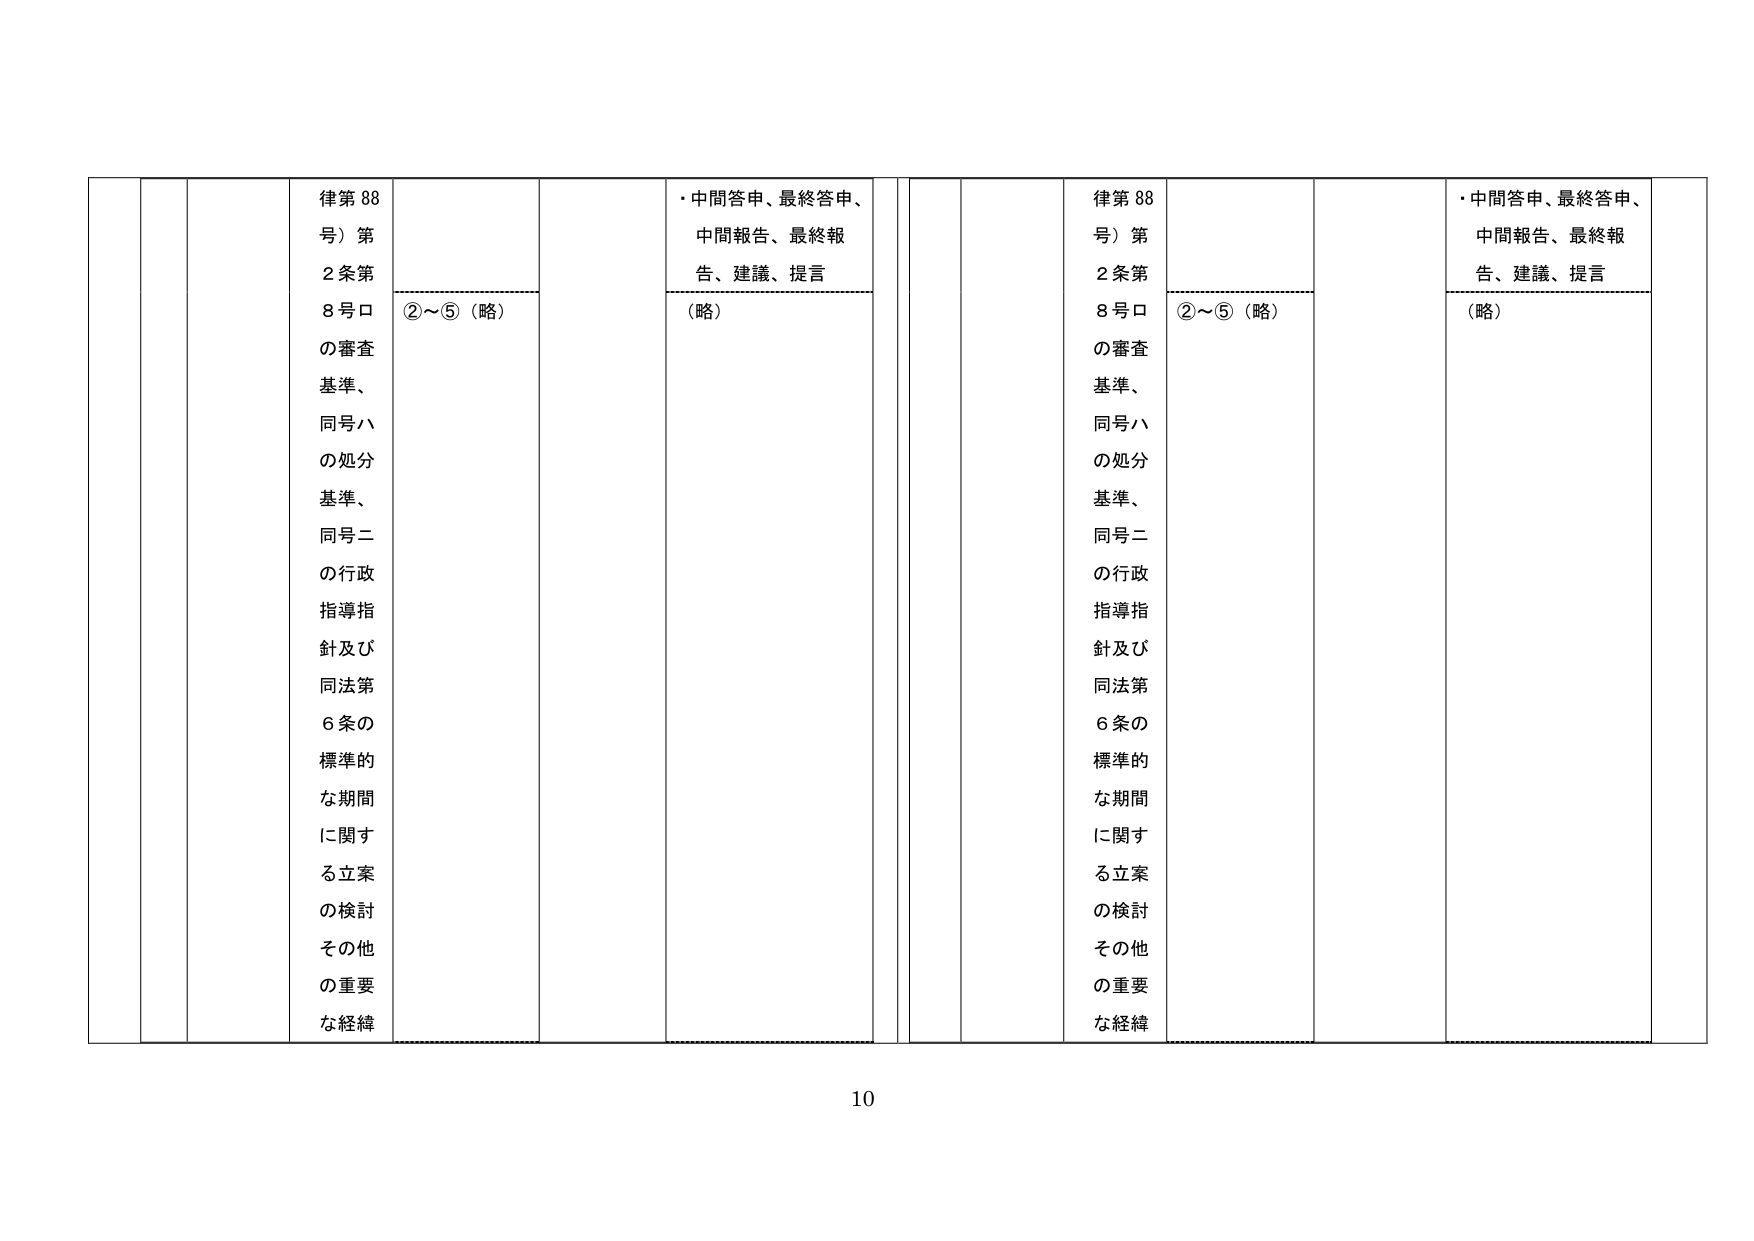
律第88号）第2条第8号ロの審査基準、同号ハの処分基準、同号ニの行政指導指針及び同法第6条の標準的な期間に関する立案の検討その他的重要な経緯
②～⑤（略）
・中間答申、最終答申、中間報告、最終報告、建議、提言（略）
律第88号）第2条第8号ロの審査基準、同号ハの処分基準、同号ニの行政指導指針及び同法第6条の標準的な期間に関する立案の検討その他的重要な経緯
②～⑤（略）
・中間答申、最終答申、中間報告、最終報告、建議、提言（略）
10